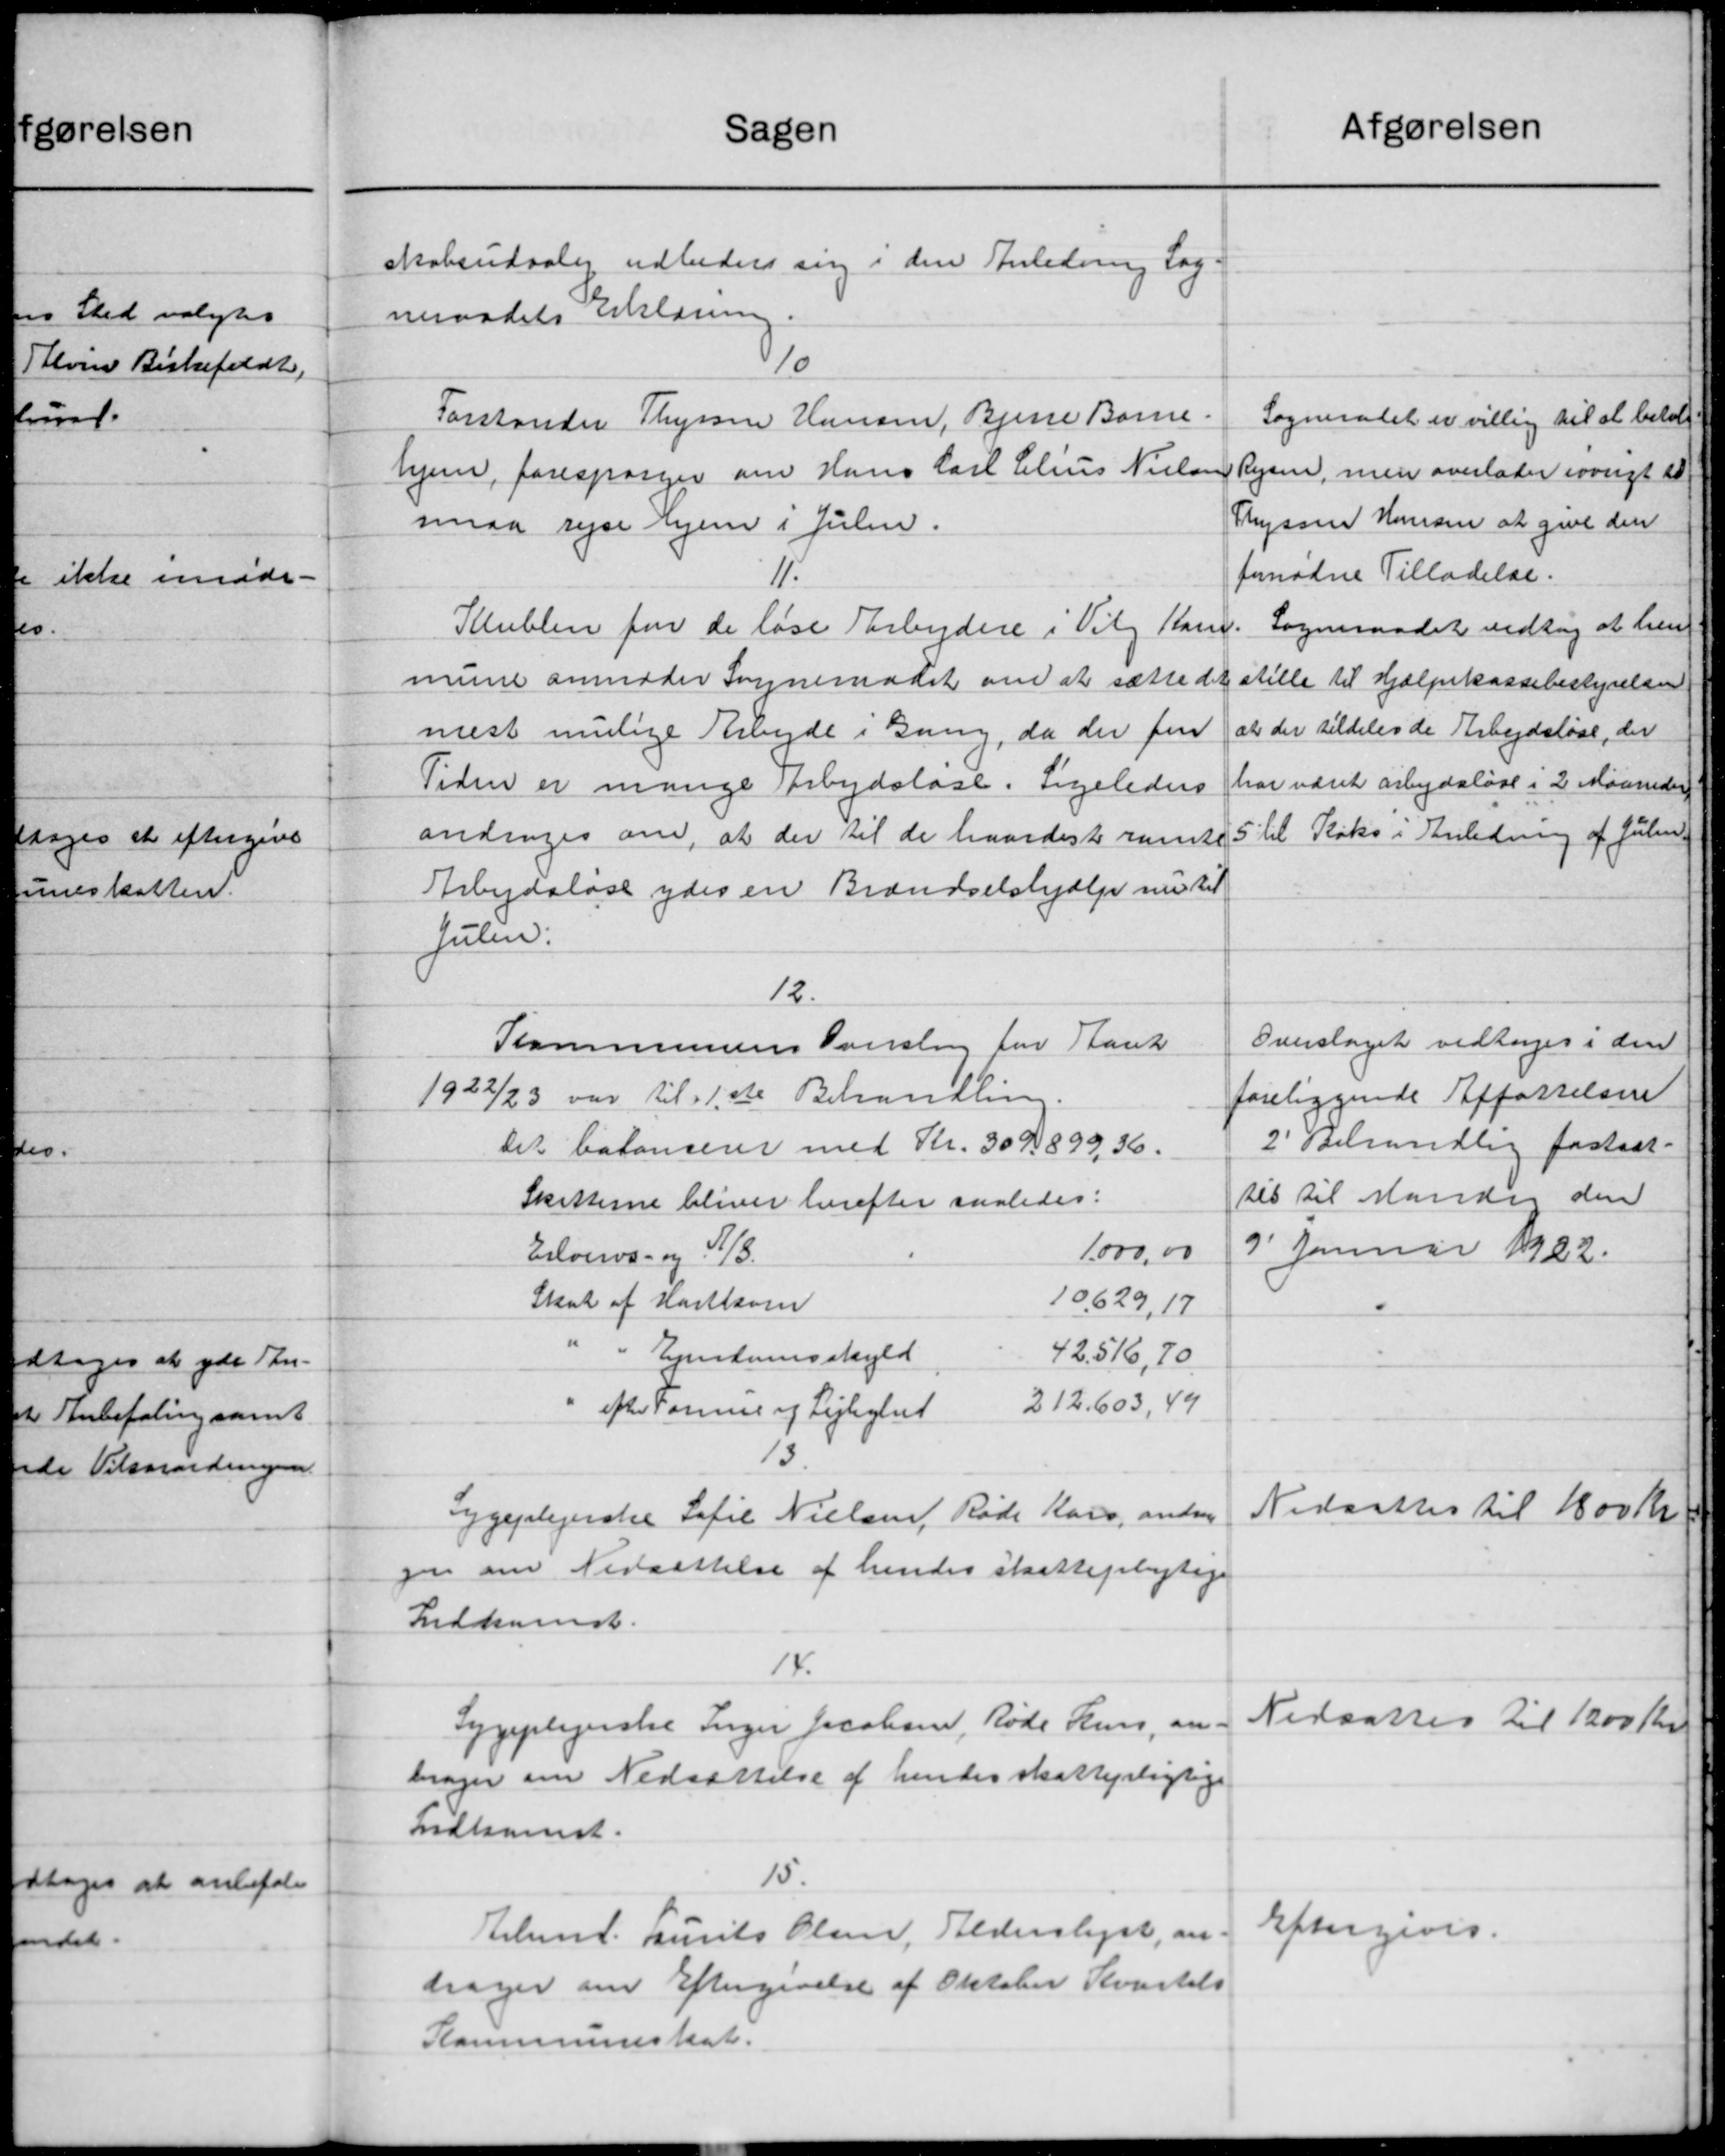
Transskription:
Sagen
skabsudvalg udbeders sig i den Anledning Sog-
neraadets erklæring
8/10
Forstander Thyssen Hansen, Bjerre Børne.
hjem, forespørger om Hans Carl Chius Nielsen
smaa rejse hjem i Julin.
11.
Klublen for de løse Tarbejdere i Vil Kasse
mune anmoder Sogneraadet om at sætte det
mest mulige Arbejde i Gang, da der fin
Tiden er mange Arbejdsløse. Ligeledes
andrager om, at der til de havdest ramte
Arbejdsløse ydes en Brændselshjælp nu til
Julen:
12.
Kommunens Sversling for Stank
1922/23 var til 1ste Behandling
Det balancerer med Kr. 309899, 36.
Skatterne bliver herefter saaledes:
1.000,00
Erhvervs- og A/S.
Skat af Hartkorn
10,629, 17
" Eventumsskyld
42.516,70
212.603, 49
efter Formue og Lejlighet
13
Sygeplejerske Sofie Nielsen, Røde Kors, andrag
gen om Nedsættelse af hendes skattepligtige
Indkomst.
14.
Sygeplejerske Inger Jacobsen, Røde Hus, an
brager om Nedsættelse af hendes skattepligtige
ndkomst.
15.
Elemd. Laurits Olsen, Alderslyst, an-
drager om Eftergivelse af Oktober Kvartals
Kommuneskat.